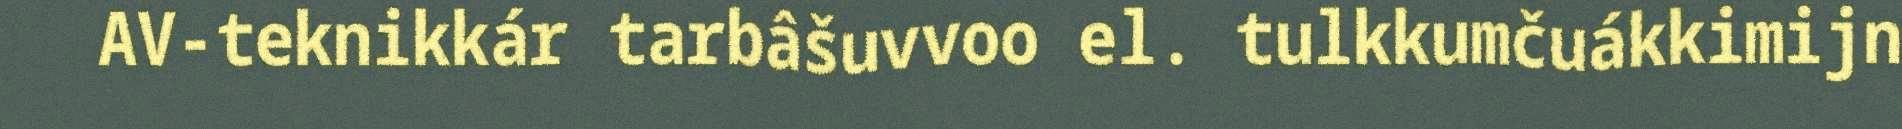
AV-teknikkár tarbâšuvvoo el. tulkkumčuákkimijn